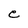
Character: e